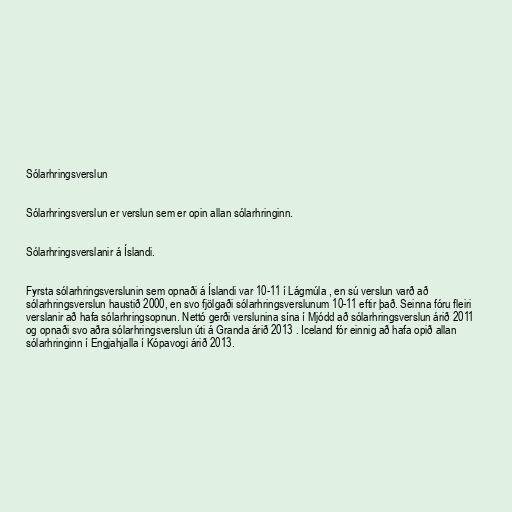
Sólarhringsverslun

Sólarhringsverslun er verslun sem er opin allan sólarhringinn.

Sólarhringsverslanir á Íslandi.

Fyrsta sólarhringsverslunin sem opnaði á Íslandi var 10-11 í Lágmúla , en sú verslun varð að
sólarhringsverslun haustið 2000, en svo fjölgaði sólarhringsverslunum 10-11 eftir það. Seinna fóru fleiri
verslanir að hafa sólarhringsopnun. Nettó gerði verslunina sína í Mjódd að sólarhringsverslun árið 2011
og opnaði svo aðra sólarhringsverslun úti á Granda árið 2013 . Iceland fór einnig að hafa opið allan
sólarhringinn í Engjahjalla í Kópavogi árið 2013.